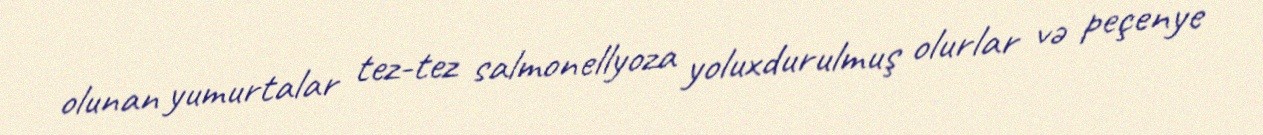
olunan yumurtalar tez-tez salmonellyoza yoluxdurulmuş olurlar və peçenye